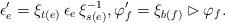
LaTeX: \begin{align*}\epsilon_e' = \xi_{t(e)} \, \epsilon_e \, \xi_{s(e)}^{-1}, \varphi_f' = \xi_{b(f)} \rhd \varphi_f.\end{align*}